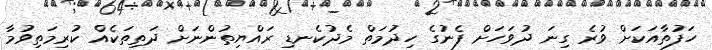
ހަފުތާއަކަށް ވުރެ ގިނަ ދުވަހަށް ފެނުގެ ހިދުމަތް މެދުކެނޑި ރައްޔިތުންނަށް ދަތިތަކެއް ކުރިމަތިވުމާ